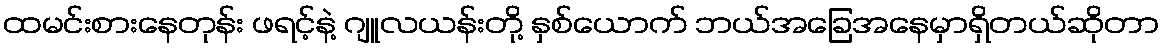
ထမင်းစားနေတုန်း ဖရင့်နဲ့ ဂျူလယန်းတို့ နှစ်ယောက် ဘယ်အခြေအနေမှာရှိတယ်ဆိုတာ